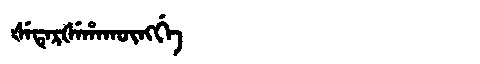
Manchu: ᡧᡝᡨᡝᡵᡧᡝᡥᠠᡴᡡᠩᡤᡝ
Romanization: ŠETERŠEHAKŪNGGE